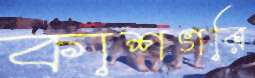
কাশগরি